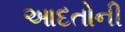
આદતોની